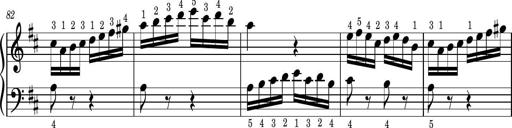
Title: Easy Progressive Lessons and 4 Sonatinas
Composer: Thomas Attwood